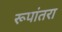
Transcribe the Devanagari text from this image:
रूपांतरा